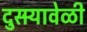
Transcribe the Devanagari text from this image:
दुसर्‍यावेळी